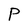
Character: P